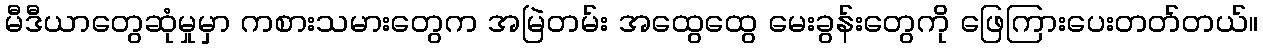
မီဒီယာတွေဆုံမှုမှာ ကစားသမားတွေက အမြဲတမ်း အထွေထွေ မေးခွန်းတွေကို ဖြေကြားပေးတတ်တယ်။